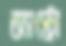
অ্যাস্ট্রো